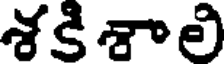
శకిశాలి